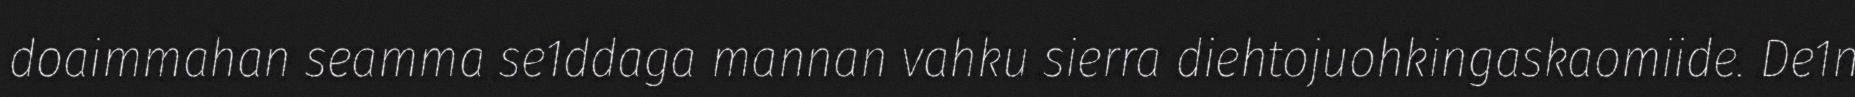
doaimmahan seamma se1ddaga mannan vahku sierra diehtojuohkingaskaomiide. De1n